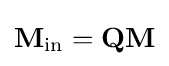
\mathbf {M} _{\text{in}}=\mathbf {Q} \mathbf {M}